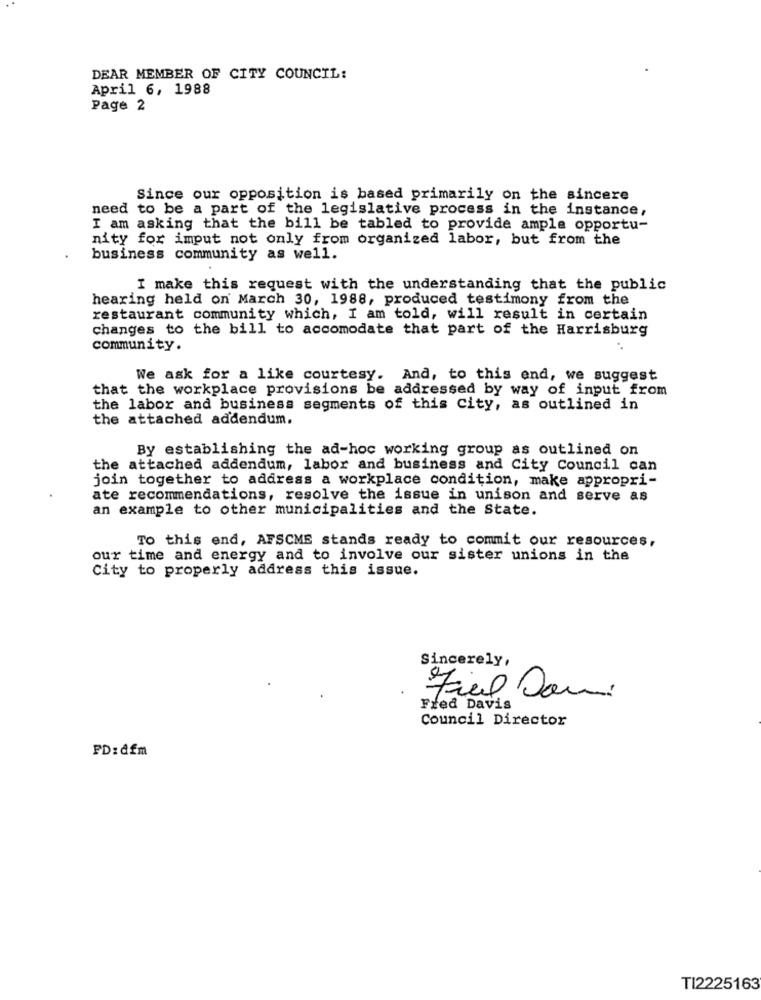
DEAR MEMBER OF CITY COUNCIL:
April 6, 1988
Page 2
Since our opposition is based primarily on the sincere
need to be a part of the legislative process in the instance,
I am asking that the bill be tabled to provide ample opportu-
nity for imput not only from organized labor, but from the
business community as well.
I make this request with the understanding that the public
hearing held on March 30, 1988, produced testimony from the
restaurant community which, I am told, will result in certain
changes to the bill to accomodate that part of the Harrisburg
community.
We ask for a like courtesy. And, to this end, we suggest
that the workplace provisions be addressed by way of input from
the labor and business segments of this city, as outlined in
the attached addendum.
By establishing the ad-hoc working group as outlined on
the attached addendum, labor and business and City Council can
join together to address a workplace condition, make appropri-
ate recommendations, resolve the issue in unison and serve as
an example to other municipalities and the State.
TO this end, AFSCME stands ready to commit our resources,
our time and energy and to involve our sister unions in the
City to properly address this issue.
Sincerely,
Fiel Soni
Fred Davis
Council Director
PD:dfm
TI2225163